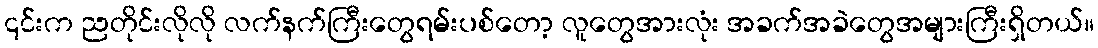
၎င်းက ညတိုင်းလိုလို လက်နက်ကြီးတွေရမ်းပစ်တော့ လူတွေအားလုံး အခက်အခဲတွေအများကြီးရှိတယ်။